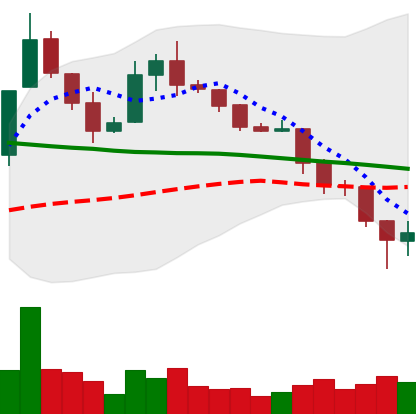
Ticker: XLM-USD
Chart end date: 2019-11-23
Forward return: -3.543%
Label: down_3_5